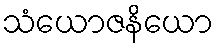
သံယောဇနိယော